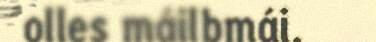
olles máilbmái.